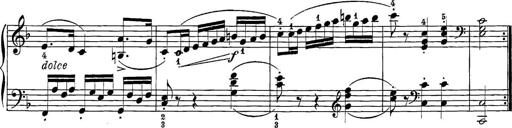
Title: 12 Sonatine per Pianoforte
Composer: Friedrich Kuhlau